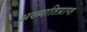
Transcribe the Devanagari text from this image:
अख्यातिप्राप्त